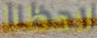
لاحظنا